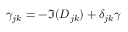
\gamma _ { j k } = - \Im ( D _ { j k } ) + \delta _ { j k } \gamma